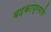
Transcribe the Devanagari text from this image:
बदकांप्रमाणे